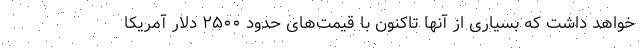
خواهد داشت که بسیاری از آنها تاکنون با قیمت‌های حدود ۲۵۰۰ دلار آمریکا